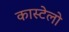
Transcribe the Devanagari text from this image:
कास्टेलो